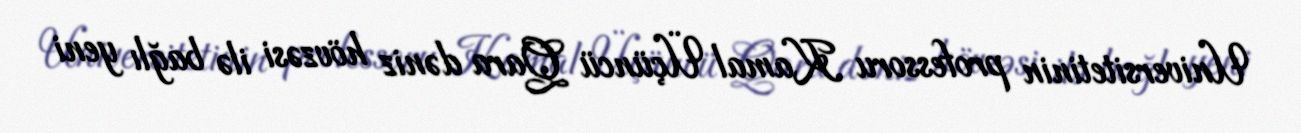
Universitetinin professoru Kamal Üçüncü Qara dəniz hövzəsi ilə bağlı yeni